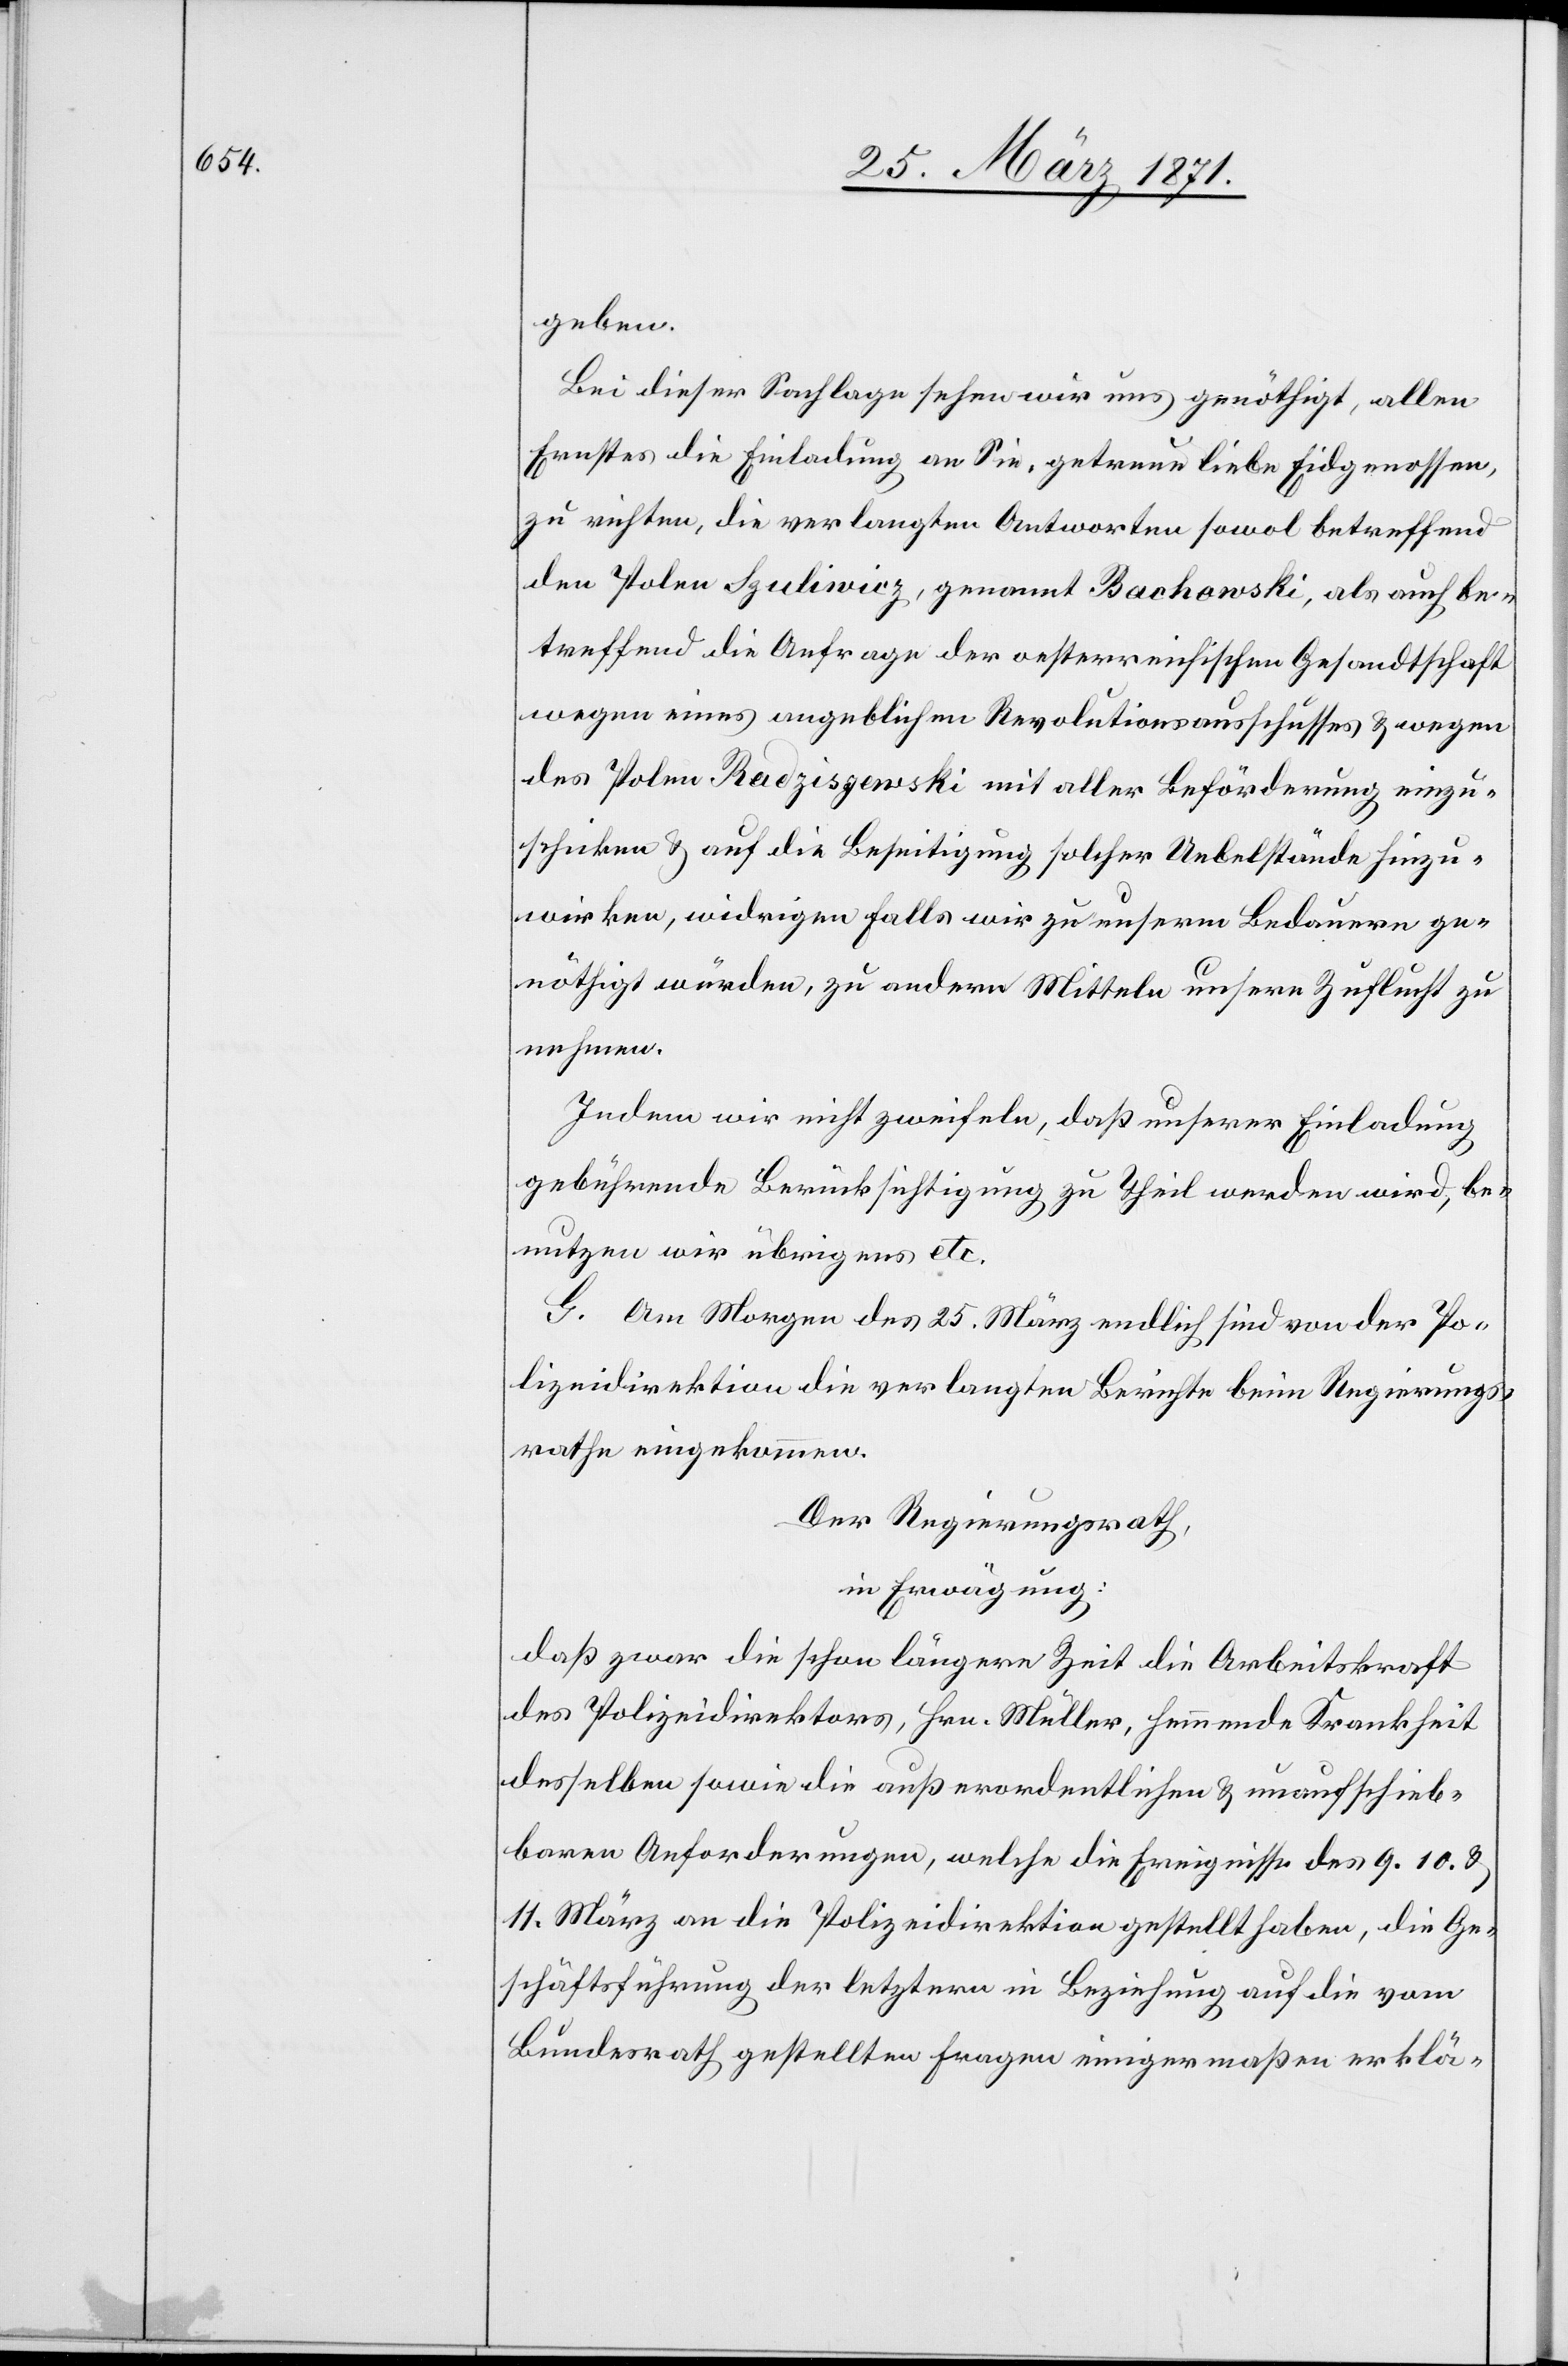
tc.

geben.
Bei dieser Sachlage sehen wir uns genöthigt, allen
Ernstes die Einladung an Sie, getreue liebe Eidgenossen,
zu richten, die verlangten Antworten sowol betreffend
den Polen Szuliwicz, genannt Bachowski, als auch be¬
treffend die Anfrage der oesterreichischen Gesandtschaft
wegen eines angeblichen Revolutionsausschusses u. wegen
des Polen Radziszewski mit aller Beförderung einzu¬
schicken u. auf die Beseitigung solcher Uebelstände hinzu¬
wirken, widrigen Falls wir zu unserm Bedauern ge¬
nöthigt würden, zu andern Mitteln unsere Zuflucht zu
nehmen.
Indem wir nicht zweifeln, daß unserer Einladung
gebührende Berücksichtigung zu Theil werden wird, be¬
nutzen wir übrigens e¬
G. Am Morgen des 25. März endlich sind von der Po¬
lizeidirektion die verlangten Berichte beim Regierungs¬
rathe eingekommen.
Der Regierungsrath,
in Erwägung:
daß zwar die schon längere Zeit die Arbeitskraft
des Polizeidirektors, Hrn. Müller, hemmende Krankheit
desselben sowie die außerordentlichen u. unaufschieb¬
baren Anforderungen, welche die Ereignisse des 9. 10. u.
11. März an die Polizeidirektion gestellt haben, die Ge¬
schäftsführung der letztern in Beziehung auf die vom
Bundesrath gestellten Fragen einigermaßen erklä-